65_HS1-834228961_62-HQ-83894_Serial_438
Agency: FBI
Page 19
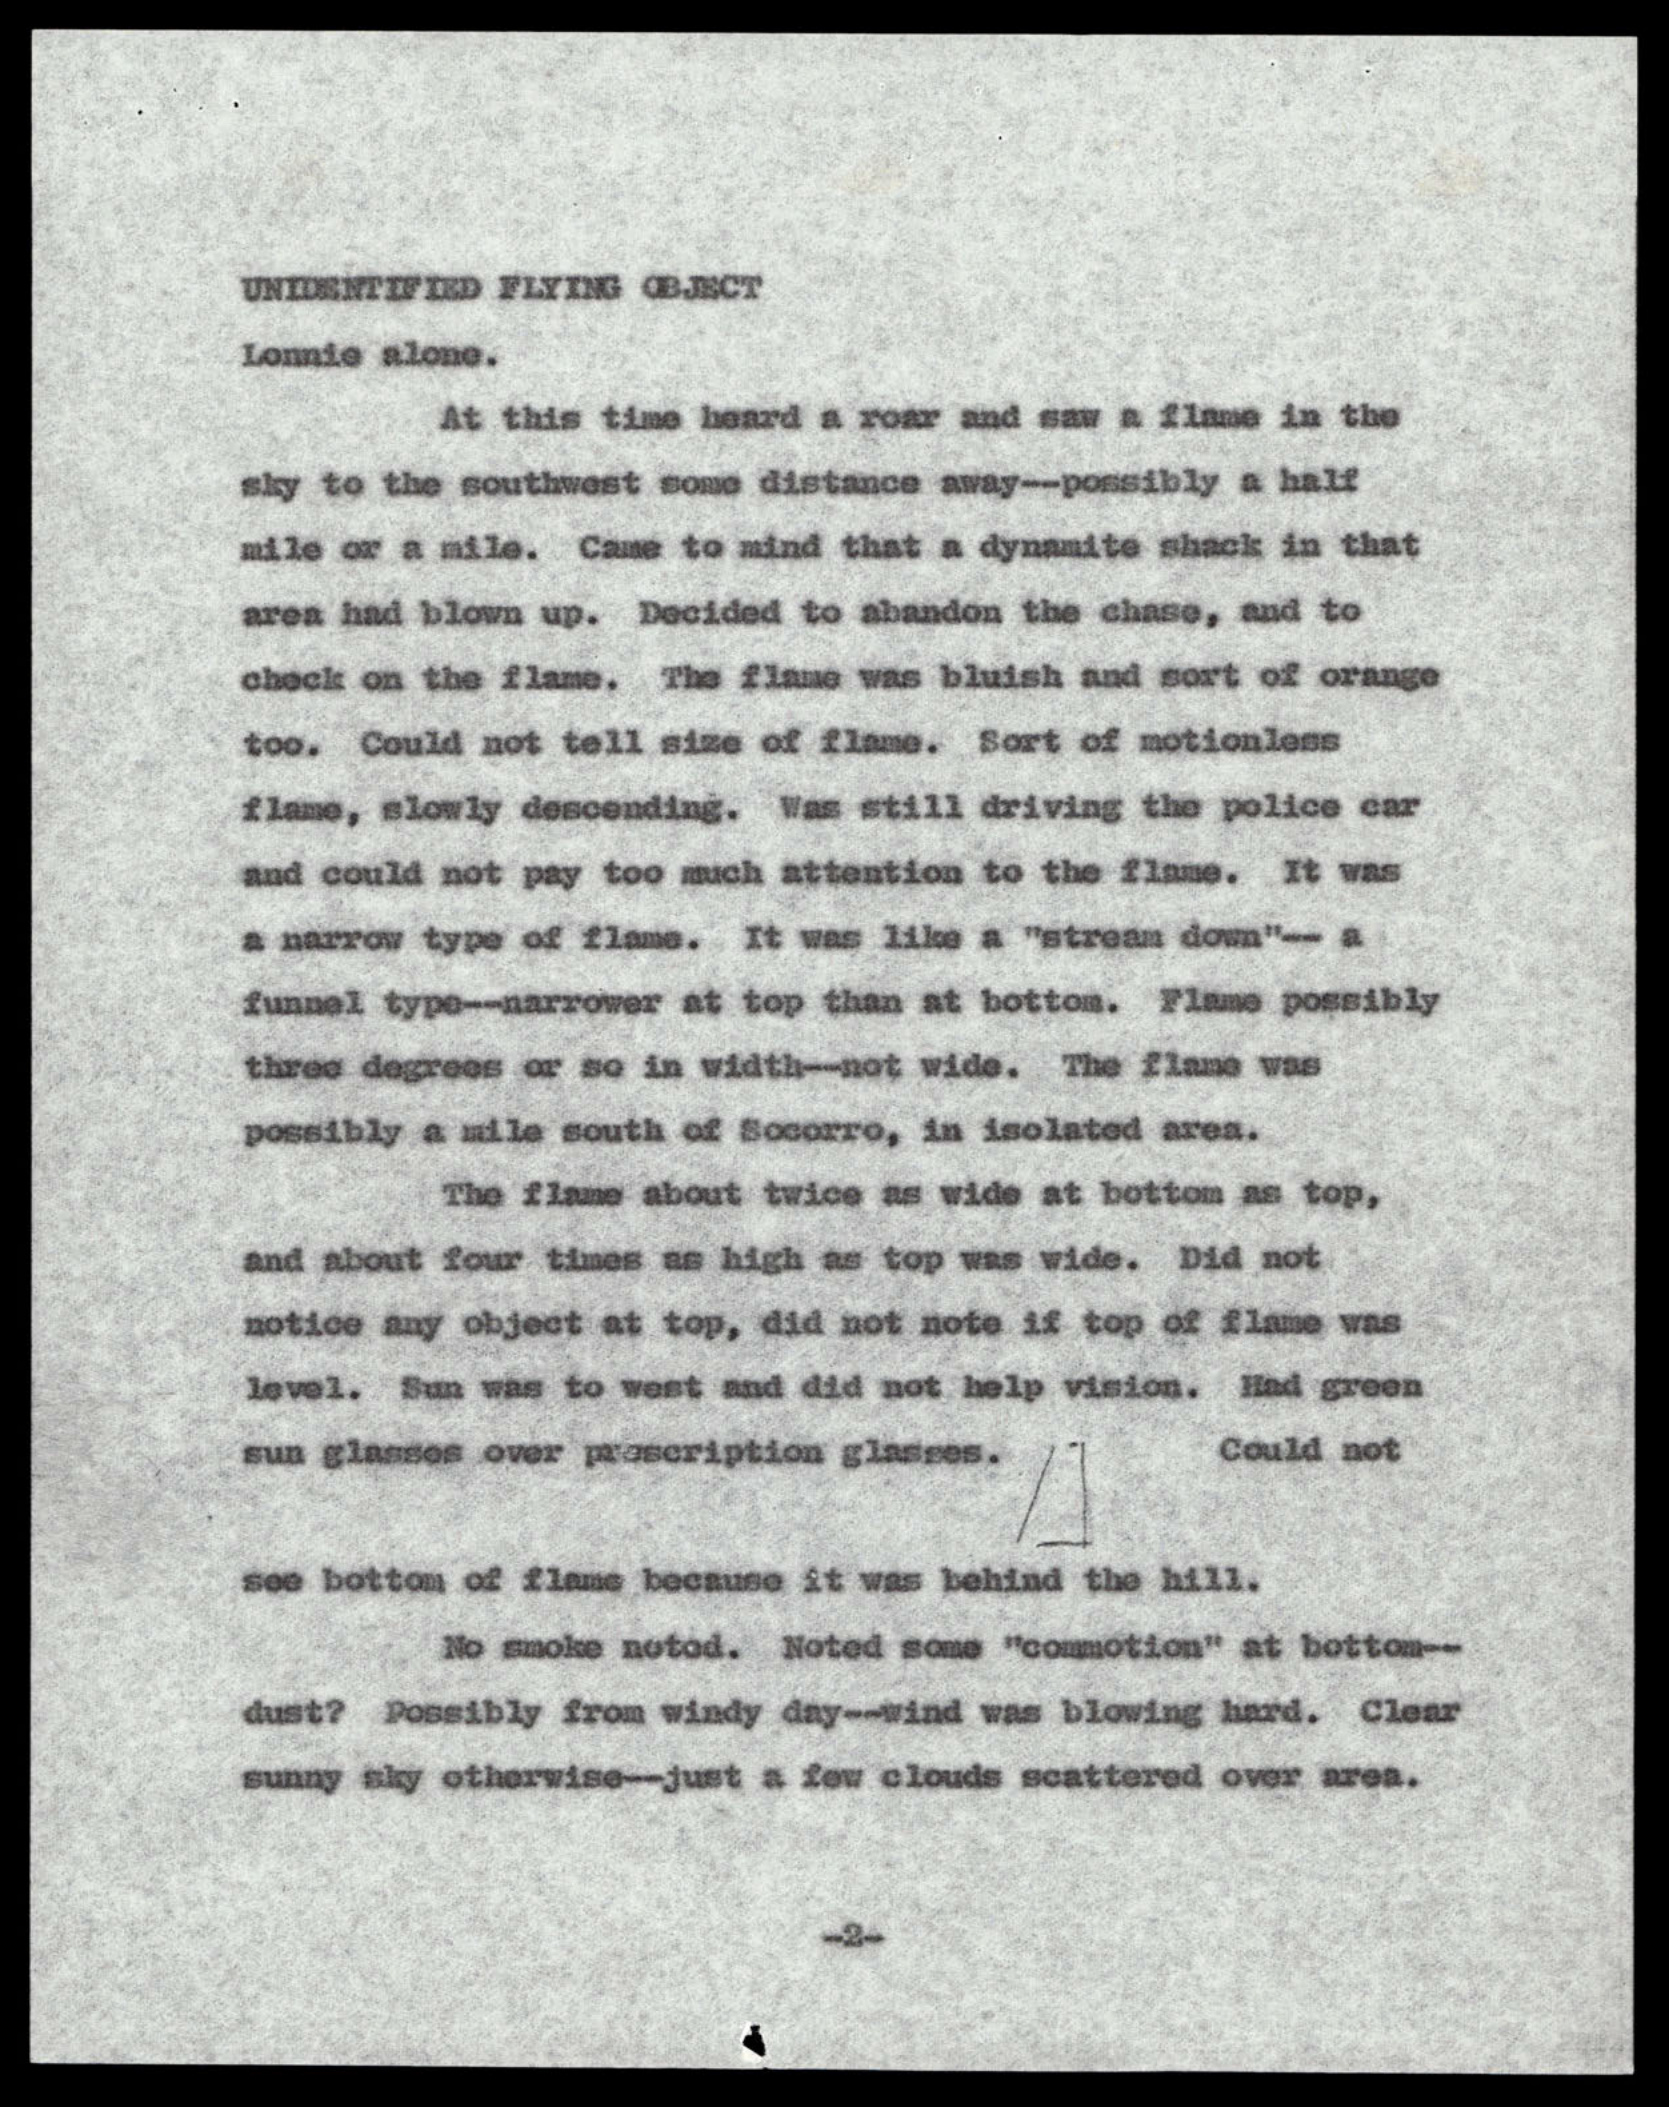